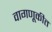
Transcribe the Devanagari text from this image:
वागणूकीत